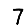
Digit: 7